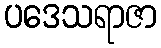
ပဒေသရာဇာ